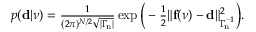
\begin{array} { r } { p ( \ensuremath { \mathbf d } | \ensuremath { \boldsymbol \nu } ) = { \frac { 1 } { ( 2 \pi ) ^ { N / 2 } \sqrt { | \ensuremath { \boldsymbol \Gamma _ { \! \mathrm { n } } } | } } } \exp \Big ( - { \frac { 1 } { 2 } } \| \mathbf f ( \ensuremath { \boldsymbol \nu } ) - \ensuremath { \mathbf d } \| _ { \ensuremath { \boldsymbol \Gamma _ { \! \mathrm { n } } } ^ { - 1 } } ^ { 2 } \Big ) . } \end{array}